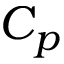
C _ { p }